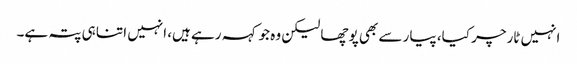
انہیں ٹارچر کیا، پیار سے بھی پوچھا لیکن وہ جو کہہ رہے ہیں، انہیں اتنا ہی پتہ ہے۔